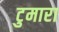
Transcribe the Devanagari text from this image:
टुमारा